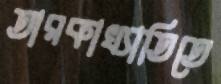
তারকাখ্যাতিতে